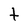
Character: t